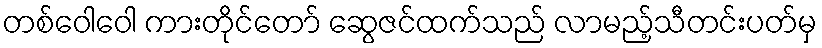
တစ်ဝေါဝေါ ကားတိုင်တော် ဆွေဇင်ထက်သည် လာမည့်သီတင်းပတ်မှ